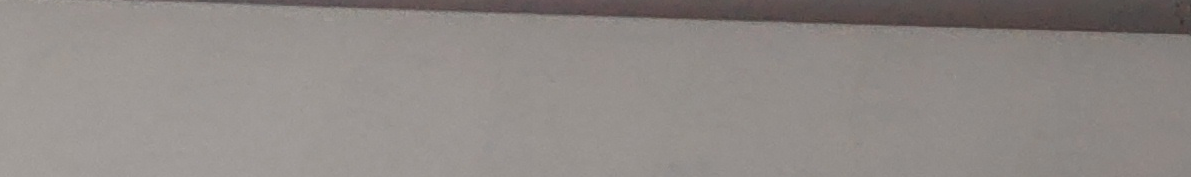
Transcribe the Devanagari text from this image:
भन सोच औँ